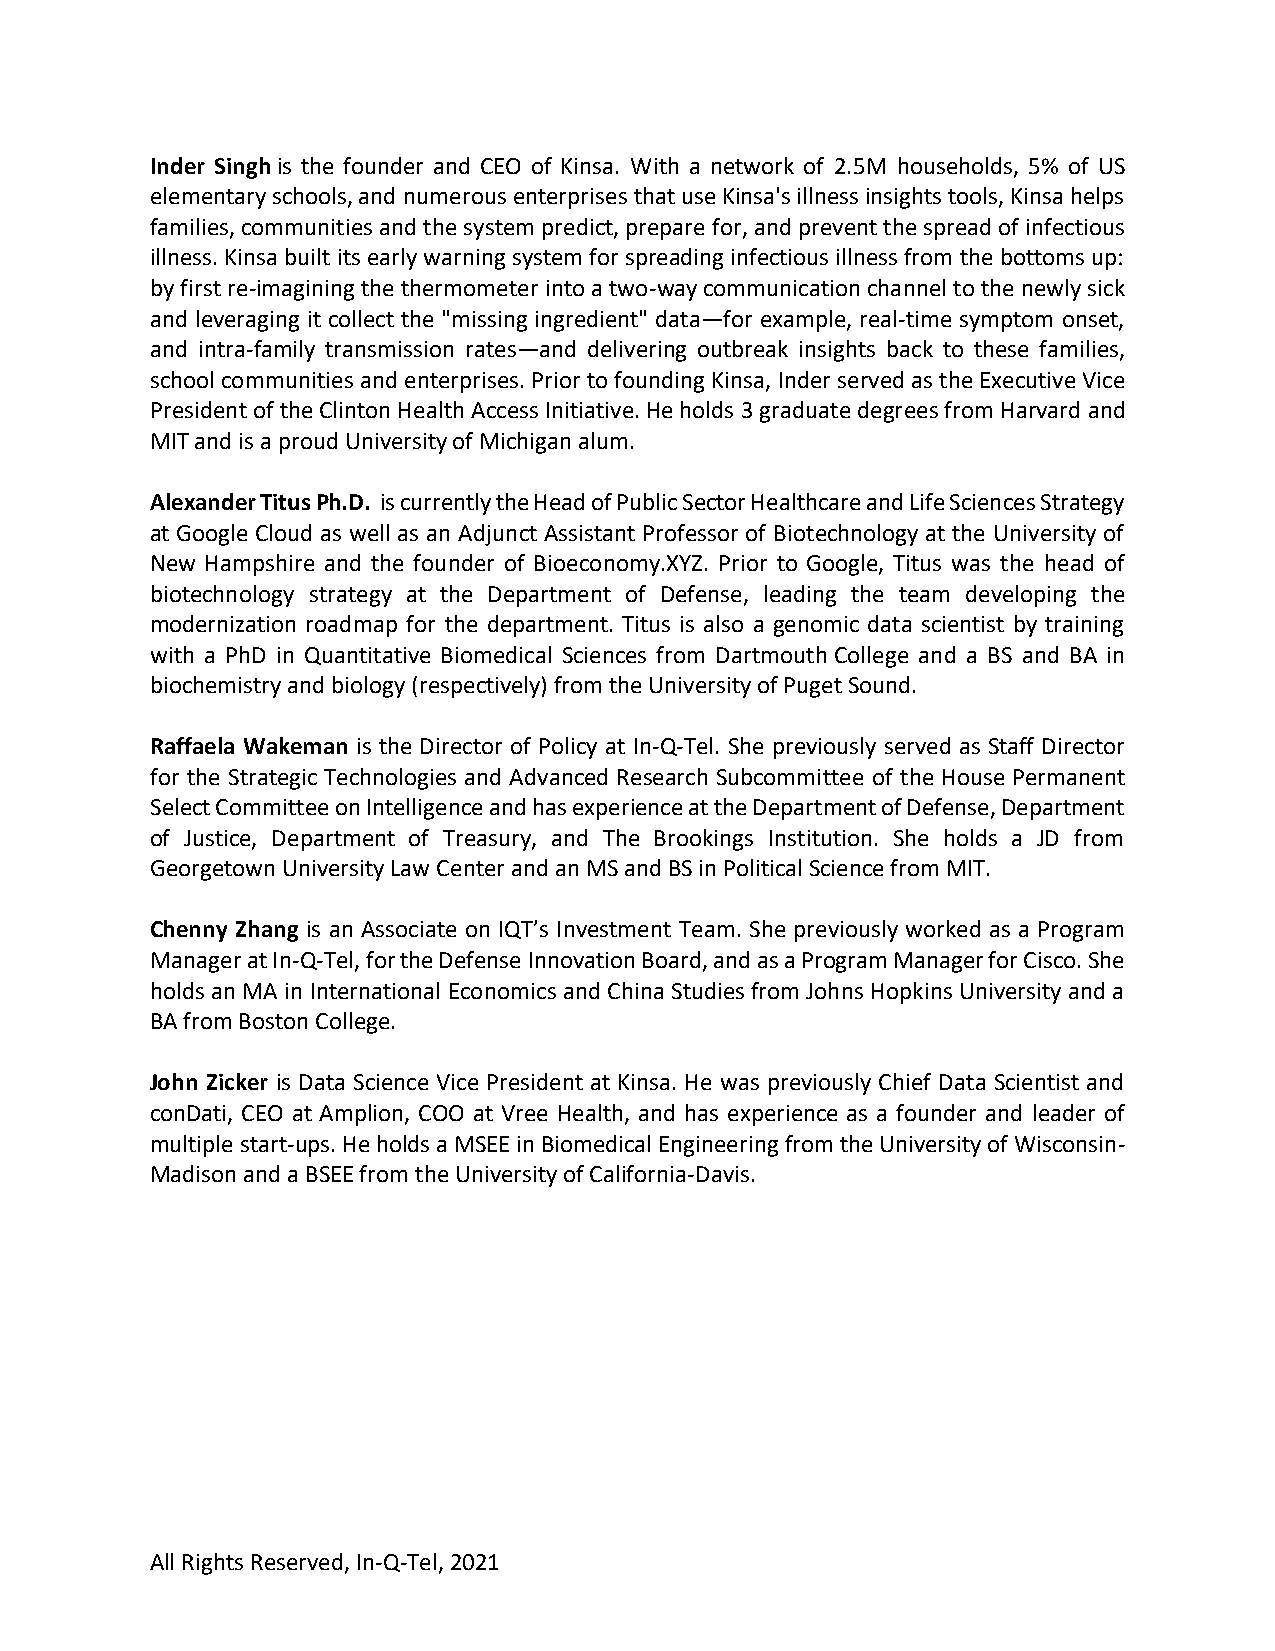
Inder Singh is the founder and CEO of Kinsa. With a network of 2.5M households, 5% of US
 elementary schools, and numerous enterprises that use Kinsa's illness insights tools, Kinsa helps
 families, communities and the system predict, prepare for, and prevent the spread of infectious
 illness. Kinsa built its early warning system for spreading infectious illness from the bottoms up:
 by first re-imagining the thermometer into a two-way communication channel to the newly sick
 and leveraging it collect the "missing ingredient" data—for example, real-time symptom onset,
 and intra-family transmission rates—and delivering outbreak insights back to these families,
 school communities and enterprises. Prior to founding Kinsa, Inder served as the Executive Vice
 President of the Clinton Health Access Initiative. He holds 3 graduate degrees from Harvard and
 MIT and is a proud University of Michigan alum.
 Alexander Titus Ph.D. is currently the Head of Public Sector Healthcare and Life Sciences Strategy
 at Google Cloud as well as an Adjunct Assistant Professor of Biotechnology at the University of
 New Hampshire and the founder of Bioeconomy.XYZ. Prior to Google, Titus was the head of
 biotechnology strategy at the Department of Defense, leading the team developing the
 modernization roadmap for the department. Titus is also a genomic data scientist by training
 with a PhD in Quantitative Biomedical Sciences from Dartmouth College and a BS and BA in
 biochemistry and biology (respectively) from the University of Puget Sound.
 Raffaela Wakeman is the Director of Policy at In-Q-Tel. She previously served as Staff Director
 for the Strategic Technologies and Advanced Research Subcommittee of the House Permanent
 Select Committee on Intelligence and has experience at the Department of Defense, Department
 of Justice, Department of Treasury, and The Brookings Institution. She holds a JD from
 Georgetown University Law Center and an MS and BS in Political Science from MIT.
 Chenny Zhang is an Associate on IQT’s Investment Team. She previously worked as a Program
 Manager at In-Q-Tel, for the Defense Innovation Board, and as a Program Manager for Cisco. She
 holds an MA in International Economics and China Studies from Johns Hopkins University and a
 BA from Boston College.
 John Zicker is Data Science Vice President at Kinsa. He was previously Chief Data Scientist and
 conDati, CEO at Amplion, COO at Vree Health, and has experience as a founder and leader of
 multiple start-ups. He holds a MSEE in Biomedical Engineering from the University of Wisconsin-
 Madison and a BSEE from the University of California-Davis.
 All Rights Reserved, In-Q-Tel, 2021